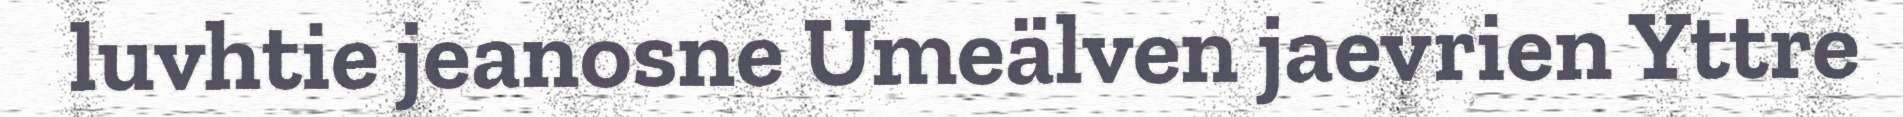
luvhtie jeanosne Umeälven jaevrien Yttre